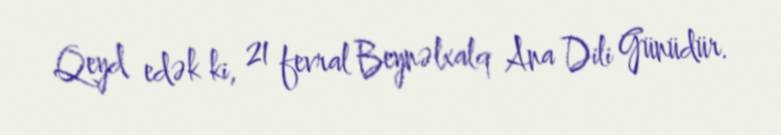
Qeyd edək ki, 21 fevral Beynəlxalq Ana Dili Günüdür.